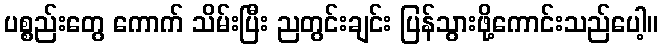
ပစ္စည်းတွေ ကောက် သိမ်းပြီး ညတွင်းချင်း ပြန်သွားဖို့ကောင်းသည်ပေါ့။